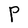
Character: P